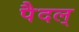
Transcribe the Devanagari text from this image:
पैदल्